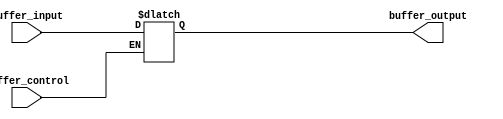
module bidirectional_buffer (
    input wire buffer_control,
    input wire buffer_input,
    output reg buffer_output
);

always @ (buffer_control or buffer_input)
begin
    if (buffer_control)
        buffer_output <= buffer_input;
end

endmodule